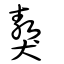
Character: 獒